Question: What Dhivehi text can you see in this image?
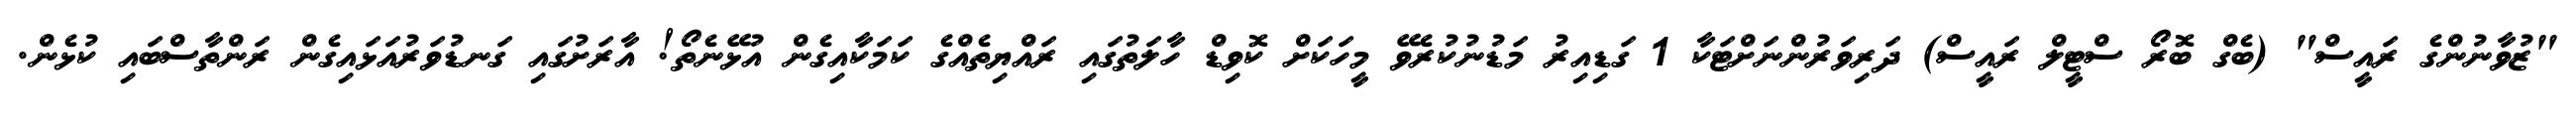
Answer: "ޒުވާނުންގެ ރައީސް" (ބެގް ބޮރޯ ސްޓީލް ރައީސް) ދަރިވަރުންނަށްޓަކާ 1 ގަޑިއިރު މަޑުނުކުރެވޭ މީހަކަށް ކޮވިޑް ހާލަތުގައި ރައްޔިތެއްގެ ކަމަކާއިގެން އުޅޭނެތޯ! އާރަށުގައި ގަނޑުވަރުއަޅައިގެން ރަންތާސްބައި ކުޅެން.